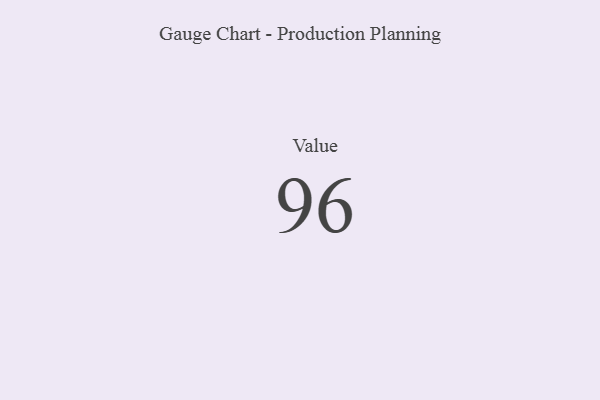
{"axis": {"x": "Metric", "y": "Value"}, "legend": [""], "data": [{"x": "Value", "y": 96, "type": ""}]}